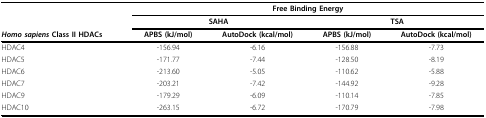
<table><thead><tr><td></td><td colspan="4"><b>Free Binding Energy</b></td></tr><tr><td></td><td colspan="2"><b>SAHA</b></td><td colspan="2"><b>TSA</b></td></tr><tr><td><b><i>Homo sapiens </i>Class II HDACs</b></td><td><b>APBS (kJ/mol)</b></td><td><b>AutoDock (kcal/mol)</b></td><td><b>APBS (kJ/mol)</b></td><td><b>AutoDock (kcal/mol)</b></td></tr></thead><tbody><tr><td>HDAC4</td><td>-156.94</td><td>-6.16</td><td>-156.88</td><td>-7.73</td></tr><tr><td>HDAC5</td><td>-171.77</td><td>-7.44</td><td>-128.50</td><td>-8.19</td></tr><tr><td>HDAC6</td><td>-213.60</td><td>-5.05</td><td>-110.62</td><td>-5.88</td></tr><tr><td>HDAC7</td><td>-203.21</td><td>-7.42</td><td>-144.92</td><td>-9.28</td></tr><tr><td>HDAC9</td><td>-179.29</td><td>-6.09</td><td>-110.14</td><td>-7.85</td></tr><tr><td>HDAC10</td><td>-263.15</td><td>-6.72</td><td>-170.79</td><td>-7.98</td></tr></tbody></table>